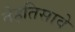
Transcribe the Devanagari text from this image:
तेहतिसावे